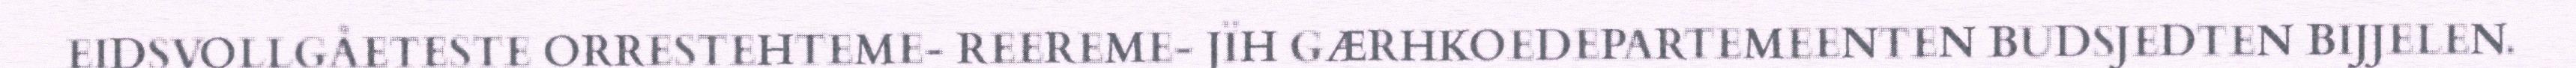
EIDSVOLLGÅETESTE ORRESTEHTEME- REEREME- JÏH GÆRHKOEDEPARTEMEENTEN BUDSJEDTEN BIJJELEN.